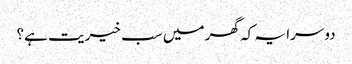
دوسرا یہ کہ گھر میں‌ سب خیریت ہے؟